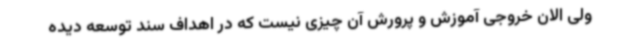
ولی الان خروجی آموزش و پرورش آن چیزی نیست که در اهداف سند توسعه دیده